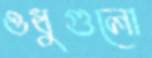
ওধুগুলো